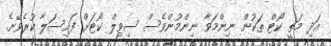
އަދި މަތީ ކޯޓް ތަކުން ނިންމަވާ ނިންމުންވެސް ސިވިލް ކޯޓަށް ފައިސަލާ ކުރެވޭނެ.